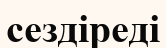
сездіреді